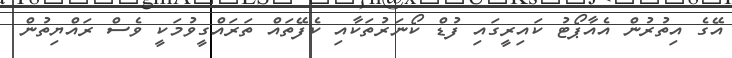
އޭގެ އިތުރުން އެއާޕޯޓު ކައިރީގައި ފުޑް ކޯނަރުތަކާއި ކެފޭތައް ތަރައްގީވުމަކީ ވެސް ރައްޔިތުން